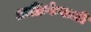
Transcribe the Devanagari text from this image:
आफ्रिकेसाठी